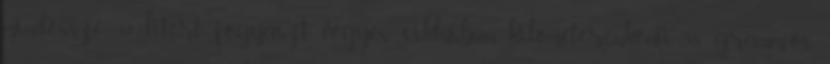
mindössze 3,2 litert fogyaszt vegyes ciklusban, kilométerenkénti 85 gramm-os